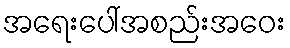
အရေးပေါ်အစည်းအဝေး